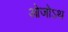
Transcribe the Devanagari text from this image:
ओजोऽथ